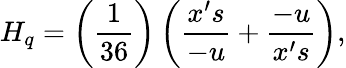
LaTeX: H_{q}=\left(\frac{1}{36}\right)\left(\frac{x^{\prime}s}{-u}+\frac{-u}{x^{\prime}s}\right),